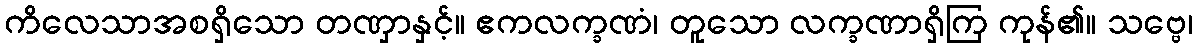
ကိလေသာအစရှိသော တဏှာနှင့်။ ဧကလက္ခဏံ၊ တူသော လက္ခဏာရှိကြ ကုန်၏။ သဗ္ဗေ၊